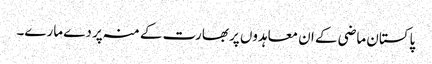
پاکستان ماضی کے ان معاہدوں پر بھارت کے منہ پر دے مارے۔